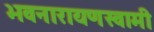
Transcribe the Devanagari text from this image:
भवनारायणस्‍वामी